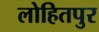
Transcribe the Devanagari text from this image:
लोहितपुर